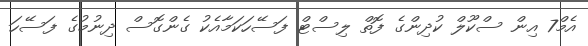
އެމް7 އިން ސްކޫލް ކުދިންގެ ފޮތް ލިސްޓް ފަސޭހަކަމާއެކު ގެންގޮސް ދިނުމުގެ ފަސޭހަ